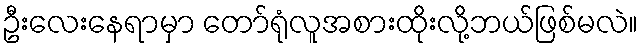
ဦးလေးနေရာမှာ တော်ရုံလူအစားထိုးလို့ဘယ်ဖြစ်မလဲ။